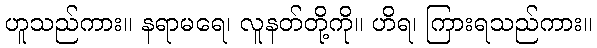
ဟူသည်ကား။ နရာမရေ၊ လူနတ်တို့ကို။ ဟိရ၊ ကြားရသည်ကား။